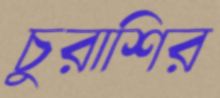
চুরাশির